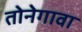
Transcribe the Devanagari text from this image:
तोनेगावा